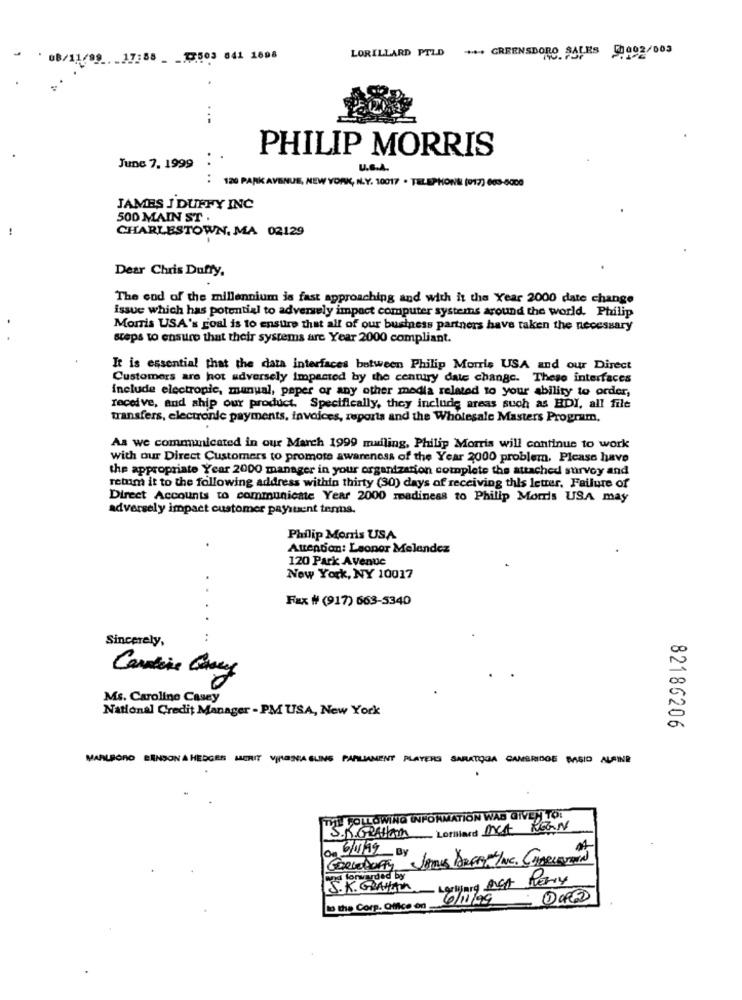
LORILLARD PTLD + GREENSBORO SALES 0002/003
17:58 __ ₸503 641 1698
PHILIP MORRIS
June 7. 1999
U.S.A.
:120 PARK AVENUE, NEW YORK, N.Y. 10017 . TELEPHONE (017) 663-5000
JAMES J DUFFY INC
500 MAIN ST .
CHARLESTOWN, MA 02129
Dear Chris Duffy.
The end of the millennium is fast approaching and with it the Year 2000 date change
issue which has potential to adversely impact computer systems around the world. Philip
Morris USA's goal is to ensure that all of our business partners have taken the necessary
steps to ensure that their systems are Year 2000 compliant.
It is essential that the data interfaces between Philip Morris USA and our Direct
Customers are hot adversely impacted by the century date change. These interfaces
include electronic, manual, paper or any other media related to your ability to order,
receive, and ship our product. Specifically, they include areas such as HDI, all file
transfers, electronic payments, invoices, reports and the Wholesale Masters Program,
As we communicated in our March 1999 mailing, Philip Morris will continue to work
with our Direct Customers to promote awareness of the Year 2000 problem. Please have
the appropriate Year 2000 manager in your organization complete the attached survey and
retum it to the following address within thirty (30) days of receiving this letter. Failure of
Direct Accounts to communicate Year 2000 madiness to Philip Morris USA may
adversely impact customer paysuent tenmus.
Philip Morris USA
Attention: Leonor Melendez
120 Park Avenue
New York, NY 10017
Fax # (917) 663-5340
Sincerely,
Cantine Gray
Ms. Caroline Casey
National Credit Manager - PM USA, New York
82186206
MARLBORO BENSON & HEDGES MERUIT VINGSSA BLING PARLIAMENT PLAYERS SARATOGA CAMBRIDGE BASIO AUSINE
THE FOLLOWING INFORMATION WAS GIVEN TO!
Lorillard DICA REGN
On 6/1/19 By
and forwarded by
Letting ACA Remy
S. K. GALAN
6/11/99
to the Corp. Office on